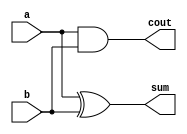


module ha(sum,cout,a,b);
  input a,b;
  output cout,sum;
  xor G2(sum,a,b);
  and G1(cout,a,b);
endmodule